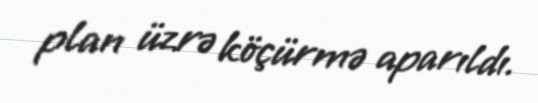
plan üzrə köçürmə aparıldı.